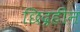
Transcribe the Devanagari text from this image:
छिद्रहीन